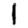
Digit: 1